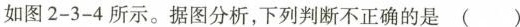
如图2-3-4所示。据图分析,下列判断不正确的是（ ）